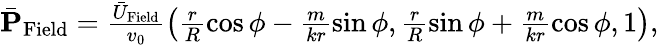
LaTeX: \begin{array}{r}{\bar{\mathbf P}_{\mathrm{Field}}=\frac{\bar{U}_{\mathrm{Field}}}{v_{0}}\left(\frac{r}{R}\cos\phi-\frac{m}{kr}\sin\phi,\frac{r}{R}\sin\phi+\frac{m}{kr}\cos\phi,1\right),}\end{array}